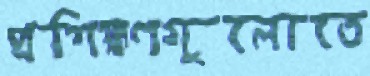
প্রশিক্ষণগুলোতে